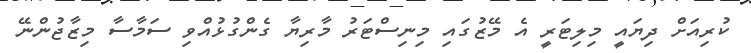
ކުރިއަށް ދިޔައީ މިލިޓަރީ އެ މޭޒުގައި މިނިސްޓަރު މާރިޔާ ގެންގުޅުއްވި ސަމާސާ މިޒާޖުންނޭ